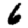
Digit: 6